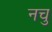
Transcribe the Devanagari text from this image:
नचु